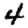
Digit: 4